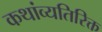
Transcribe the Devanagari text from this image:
कथांव्यतिरिक्त